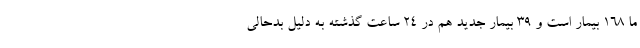
ما ۱۶۸ بیمار است و ۳۹ بیمار جدید هم در ۲۴ ساعت گذشته به دلیل بدحالی